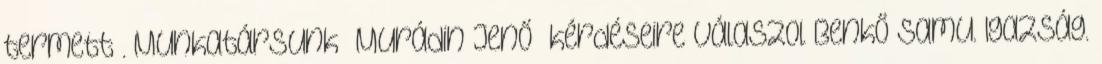
termett”. Munkatársunk Murádin Jenő kérdéseire válaszol Benkő Samu. Igazság.